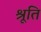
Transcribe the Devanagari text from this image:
श्रूति